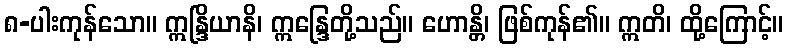
၈-ပါးကုန်သော။ ဣန္ဒြိယာနိ၊ ဣန္ဒြေတို့သည်။ ဟောန္တိ၊ ဖြစ်ကုန်၏။ ဣတိ၊ ထို့ကြောင့်။